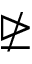
\ntrianglerighteq